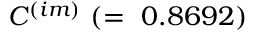
C ^ { ( i m ) } ~ ( = ~ 0 . 8 6 9 2 )